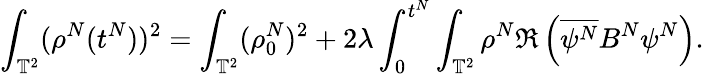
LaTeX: \int_{\mathbb{T}^{2}}(\rho^{N}(t^{N}))^{2}=\int_{\mathbb{T}^{2}}(\rho_{0}^{N})^{2}+2\lambda\int_{0}^{t^{N}}\int_{\mathbb{T}^{2}}\rho^{N}\Re\left(\overline{{\psi^{N}}}B^{N}\psi^{N}\right).